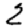
Digit: 2